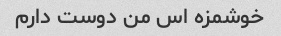
خوشمزه اس من دوست دارم